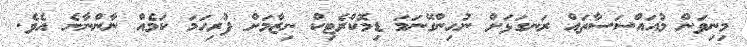
މިނިވަން މުއައްސަސާތައް ރަނގަޅަށް ނުހިންގޭނަމަ ޑިމޮކްރެޓިކް ނިޒާމަށް ފުރިހަމަ ކަމެއް ނާންނާނެ އެވެ.